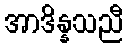
အာဒိန္နသညီ